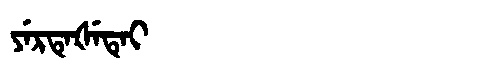
Manchu: ᠶᡝᡵᡨᡝᡧᡝᡨᡝᡳ
Romanization: YERTEŠETEI